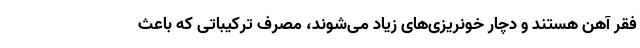
فقر آهن هستند و دچار خونریزی‌های زیاد می‌شوند، مصرف ترکیباتی که باعث